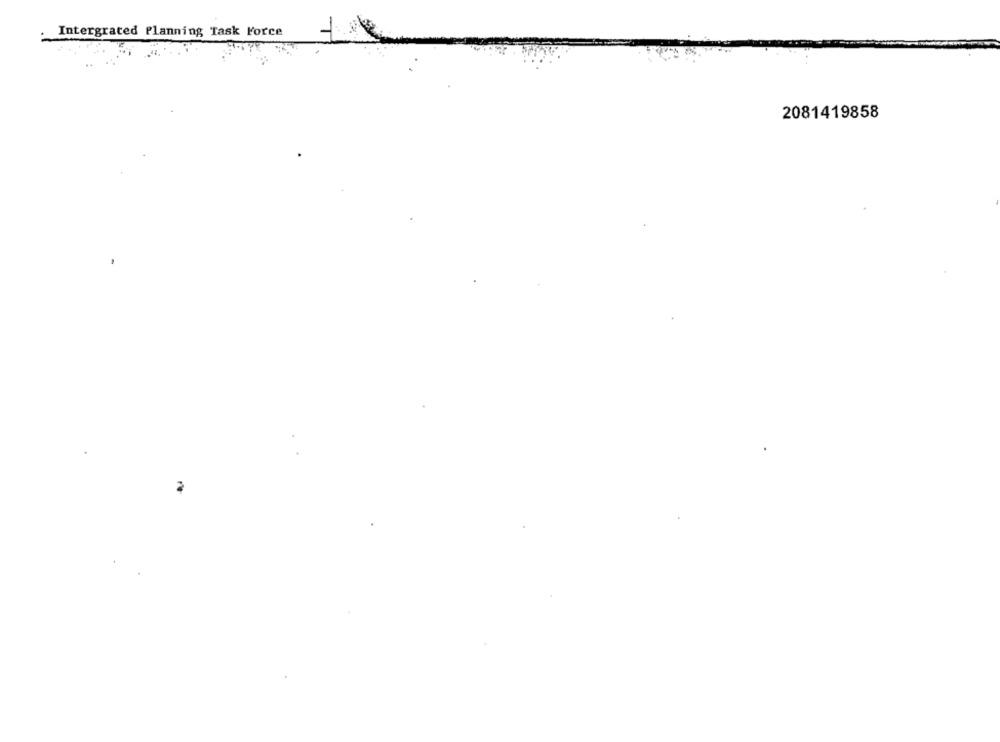
Intergrated Planning Task Force
2081419858